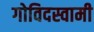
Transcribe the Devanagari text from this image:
गोविदस्वामी